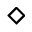
\diamond